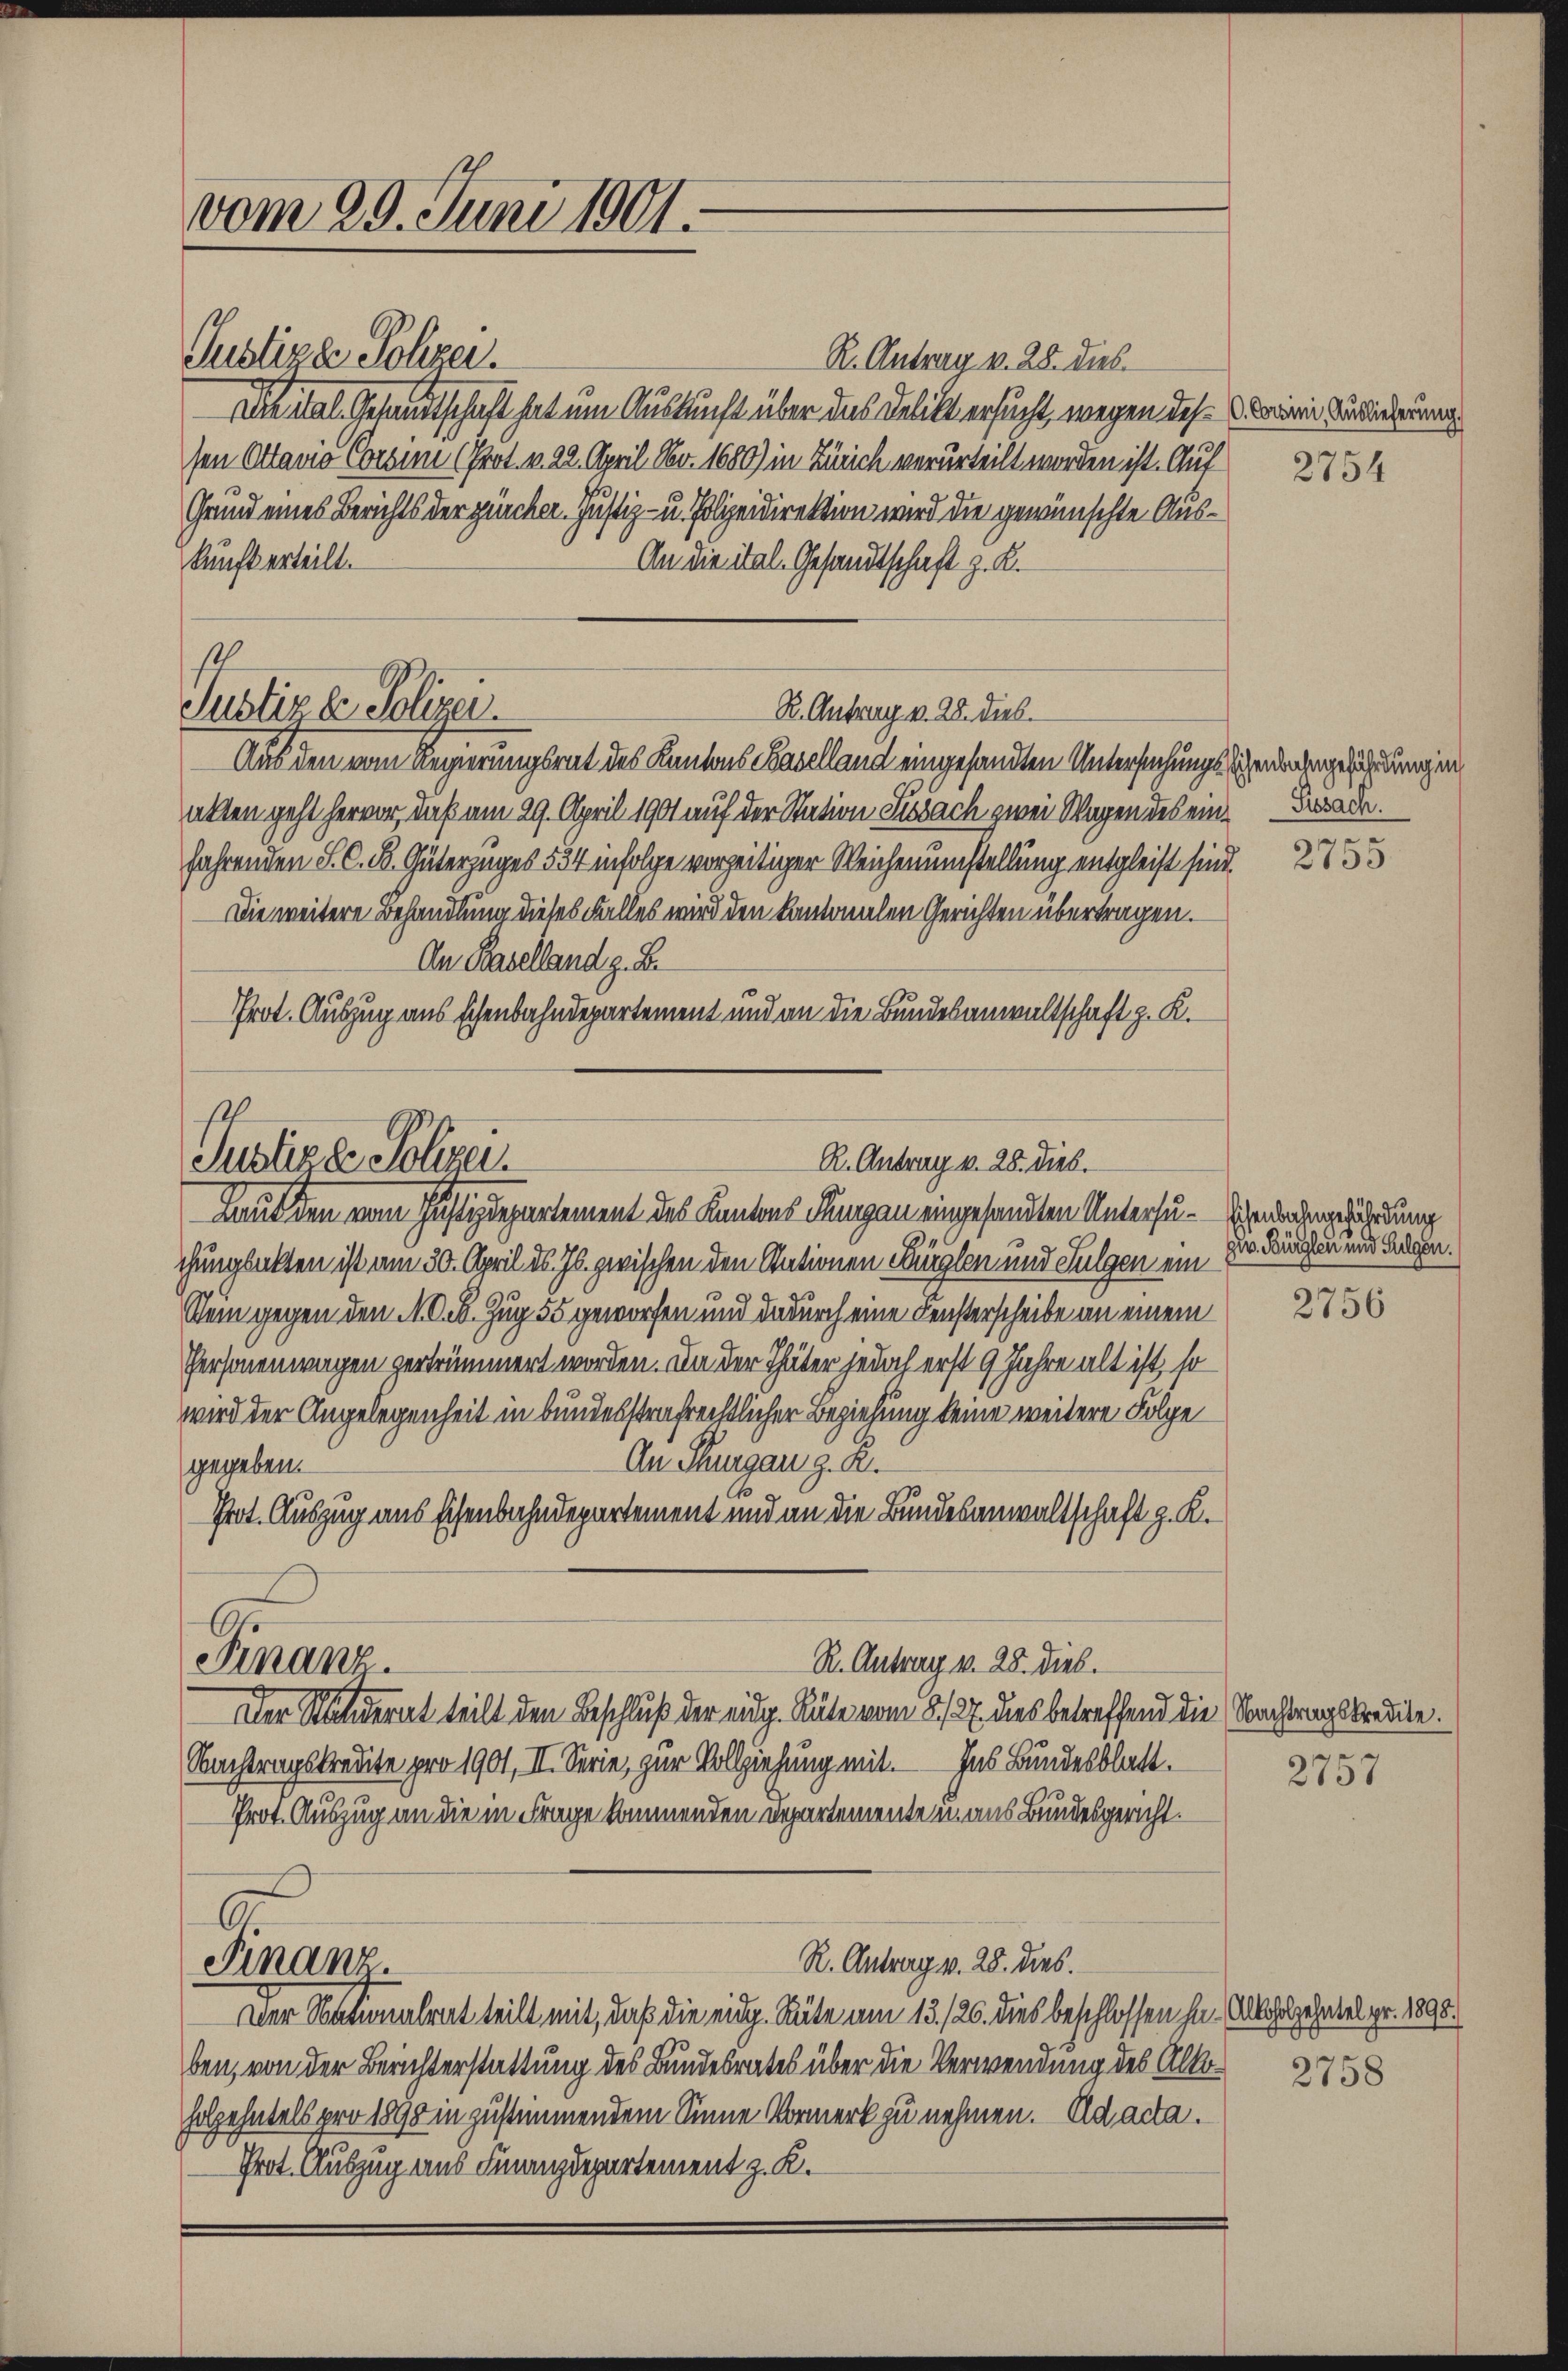
vom 29. Juni 1901.

Justiza Polizei.
R. Antrag v. 28. dies
Die ital. Gesandtschaft hat um Auskunft über das Delikt ersucht, wegen des Cairie Verorderung
sen Attavio Corsini (Prot. v. 22. April Nr. 1680) in Zürich verurteilt worden ist. Auf
Grund eines Berichts der zürcher. Justiz- u. Polizeidirektion wird die gewünschte Auskunft erteilt.
An die ital. Gesandtschaft z. K.

Justiz & Polizei.
R. Antrag v. 28. dies

Justiz & Polizei.
R. Antrag v. 28. Dieb.
Laut den vom Justizdepartement des Kantons Flungen eingesandten Untersu¬

Finanz

Aus den vom Regierungsrat des Kantons Baselland eingesandten Untersuchungsschenbahngefährdungen
akten geht hervor, daß am 29. April 1901 auf der Station Sissach zwei Wagen des eine Bade
fahrenden S. C. R. Güterzuges 534 infolge vorzeitiger Reichenumstellung entgleist sind.
Die weitere Behandlung dieses Falles wird den kantonalen Gerichten übertragen.
An Baselland z. B.
Prot. Auszug aus schenbahndepartement und an die Bundesanwaltschaft z. K.

chunglückten ist am 30. April ds. Js. zwischen den Stationen Bürglen und Fulgen ein
.
Sein gegen den N. O. B. Zug 55 geworfen und dadurch eine Fensterscheibe an einem
Personenwagen vertrümmert worden. In der Thäter jedoch erst 9 Jahre alt ist, so
wird der Angelegenheit in bundesstrafrechtlicher Beziehung keine weitere Folge
An Thurgau g. R.
gegeben.
Prot. Auszug aus Eisenbahndepartement und an die Bundesanwaltschaft z. K.
R. Antrag v. 28. Dieb.
Der Ständerat teilt den Beschluß der eidg. Räte vom 8/27. dies betreffend die Nachtragskredite.
Nachtragskredite pro 1901, II. Serie, zur Vollziehung mit. Ins Bundesblatt.
Prot. Auszug an die in Frage kommenden Departemente u. aus Bundesgericht.
R. Antrag v. 28. dies.
Finanz.
Der Naturalrat teilt mit, daß die eidg. Räte am 13./26. dies beschlossen ha. Allholzehntel pr. 1898.
ben, von der Berichterstattung des Bundesrates über die Verwendung des Alloholzehntels pro 1890 in zustimmendem Sinne Vormerk zu nehmen. Ad acta.
Prot. Auszug aus Finanzdepartement z. K.

2754

2755

Eisenbahngefährdung
gr. Bürglen und Fulgen.

2756

2757

2758